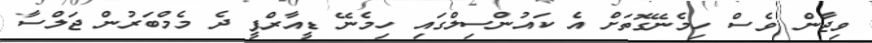
ވިޖާން ވެސް ހިމެނޭގޮތަށް އެ ކައުންސިލްގައި ހިމެނޭ ޑީއާރްޕީ ދެ މެމްބަރުން ޖަލްސާ